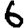
Digit: 6